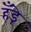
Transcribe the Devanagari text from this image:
हँड्रे